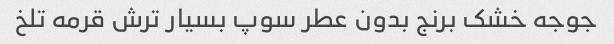
جوجه خشک برنج بدون عطر سوپ بسیار ترش قرمه تلخ